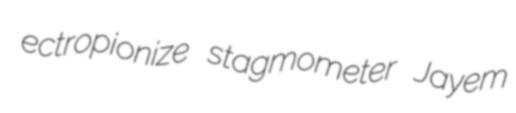
ectropionize stagmometer Jayem